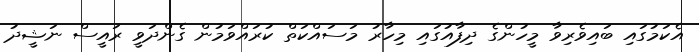
އެކަމުގައި ބައިވެރިވާ މީހުންގެ ދިފާއުގައި މިހާރު މަސައްކަތް ކުރައްވަމުން ގެންދަވީ ރައީސް ނަޝީދު